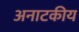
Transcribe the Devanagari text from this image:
अनाटकीय